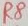
Text: R8